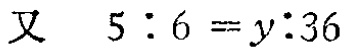
又 \(5:6 = y:36\)